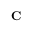
\textrm { \textbf { C } }